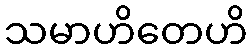
သမာဟိတေဟိ